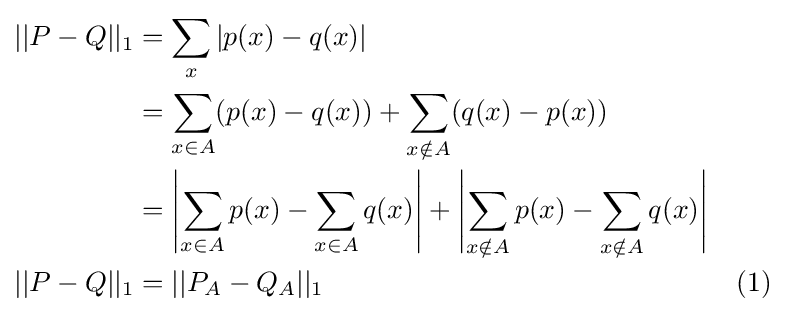
{\begin{aligned}||P-Q||_{1}&=\sum \limits _{x}|p(x)-q(x)|\\&=\sum \limits _{x\in A}(p(x)-q(x))+\sum \limits _{x\notin A}(q(x)-p(x))\\&=\left|\sum \limits _{x\in A}p(x)-\sum \limits _{x\in A}q(x)\right|+\left|\sum \limits _{x\notin A}p(x)-\sum \limits _{x\notin A}q(x)\right|\\||P-Q||_{1}&=||P_{A}-Q_{A}||_{1}&{\text{(1)}}\end{aligned}}